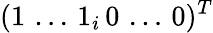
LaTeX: (1\, \dots\, 1_{i}\, 0\, \dots\, 0)^{T}